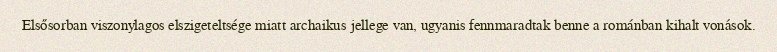
Elsősorban viszonylagos elszigeteltsége miatt archaikus jellege van, ugyanis fennmaradtak benne a románban kihalt vonások.